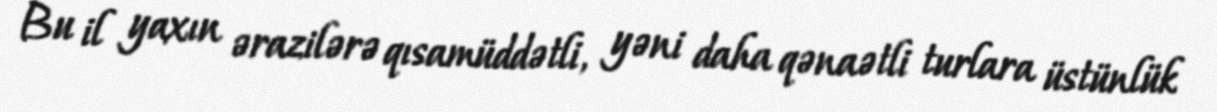
Bu il yaxın ərazilərə qısamüddətli, yəni daha qənaətli turlara üstünlük